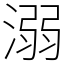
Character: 溺